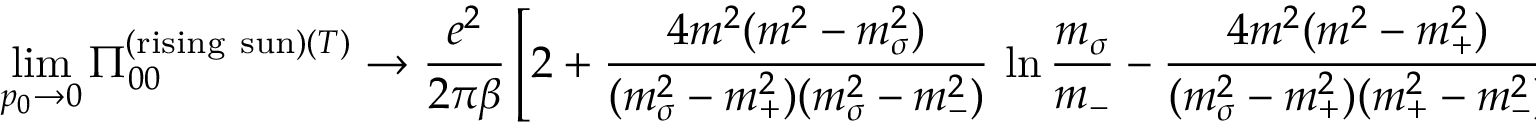
\operatorname * { l i m } _ { p _ { 0 } \rightarrow 0 } \Pi _ { 0 0 } ^ { ( \mathrm { r i s i n g \ s u n } ) ( T ) } \rightarrow \frac { e ^ { 2 } } { 2 \pi \beta } \left[ 2 + \frac { 4 m ^ { 2 } ( m ^ { 2 } - m _ { \sigma } ^ { 2 } ) } { ( m _ { \sigma } ^ { 2 } - m _ { + } ^ { 2 } ) ( m _ { \sigma } ^ { 2 } - m _ { - } ^ { 2 } ) } \, \ln \frac { m _ { \sigma } } { m _ { - } } - \frac { 4 m ^ { 2 } ( m ^ { 2 } - m _ { + } ^ { 2 } ) } { ( m _ { \sigma } ^ { 2 } - m _ { + } ^ { 2 } ) ( m _ { + } ^ { 2 } - m _ { - } ^ { 2 } ) } \, \ln \frac { m _ { + } } { m _ { - } } \right] .